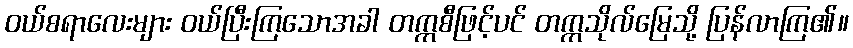
ဝယ်စရာလေးများ ဝယ်ပြီးကြသောအခါ တက္ကစီဖြင့်ပင် တက္ကသိုလ်မြေသို့ ပြန်လာကြ၏။